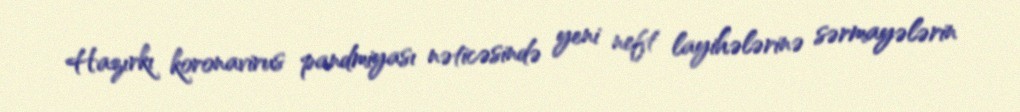
Hazırkı koronavirus pandmiyası nəticəsində yeni neft layihələrinə sərmayələrin